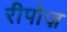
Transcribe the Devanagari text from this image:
रीपोज़